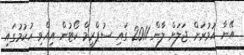
އޭނާ އުމުރަށް ޖަލަށް ލާން 2011 ގައި ސުޕްރީމް ކޯޓުން އިއްވި ހުކުމުގައި